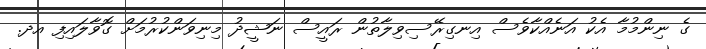
ގެ ނިންމުމާ އެކު އަނެއްކާވެސް އިނގިރޭސިވިލާތުން ރައީސް ނަޝީދު މިނިވަންކުރުމަށް ގޮވާލައިފި އދ.